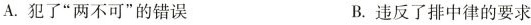
A.犯了”两不可”的错误 B.违反了排中律的要求